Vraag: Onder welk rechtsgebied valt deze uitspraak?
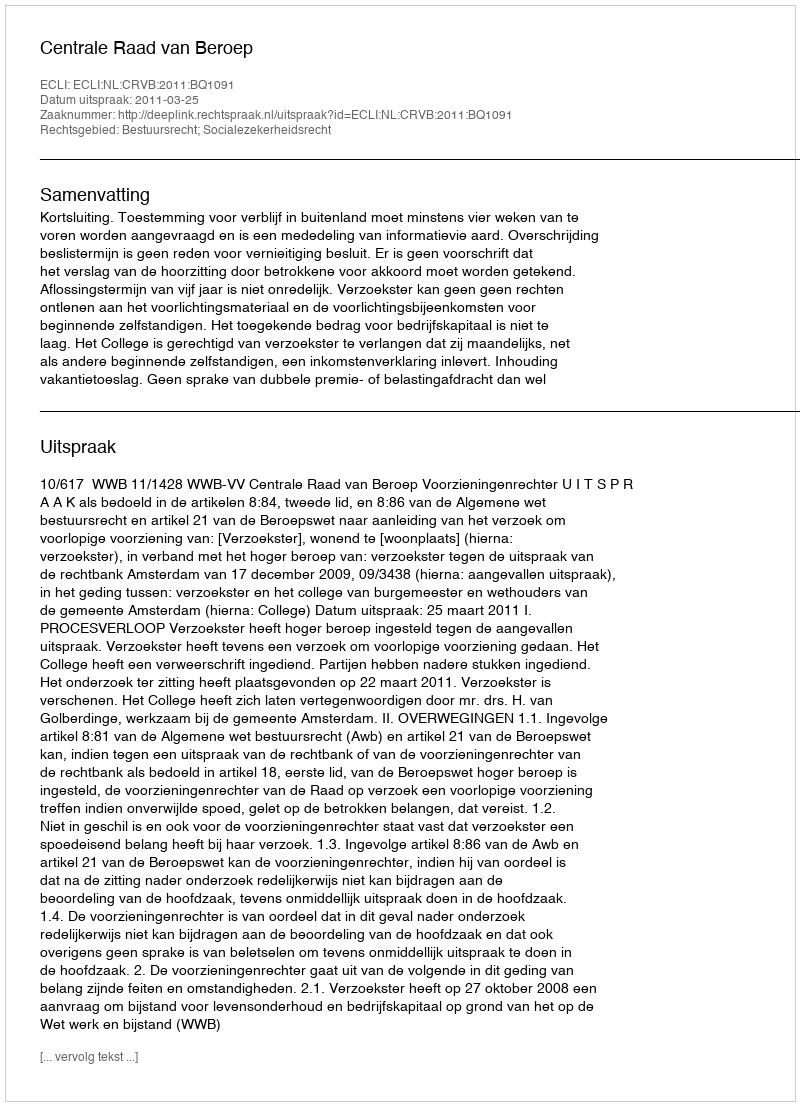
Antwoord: Bestuursrecht; Socialezekerheidsrecht